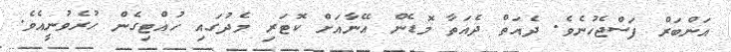
އަންބަރް ފަސްޖެހުނެވެ. ދެއަަތް ދެއަތާ މޮޑެން އޭނާއަށް ކޮޓަރި މެދުގައި ހުއްޓިގެން ހުރެވުނީއެވެ.